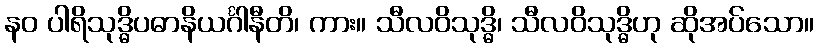
နဝ ပါရိသုဒ္ဓိပဓာနိယင်္ဂါနီတိ၊ ကား။ သီလဝိသုဒ္ဓိ၊ သီလဝိသုဒ္ဓိဟု ဆိုအပ်သော။